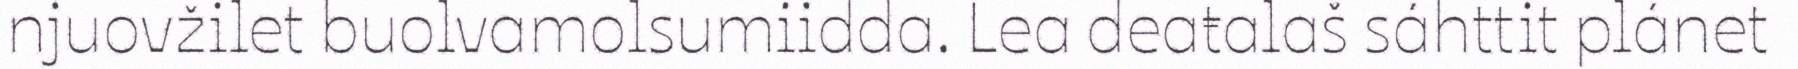
njuovžilet buolvamolsumiidda. Lea deaŧalaš sáhttit plánet